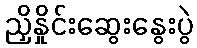
ညှိနှိုင်းဆွေးနွေးပွဲ